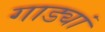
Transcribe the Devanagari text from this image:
गाड्यां